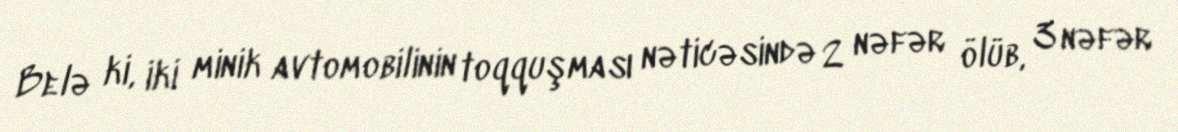
Belə ki, iki minik avtomobilinin toqquşması nəticəsində 2 nəfər ölüb, 3 nəfər